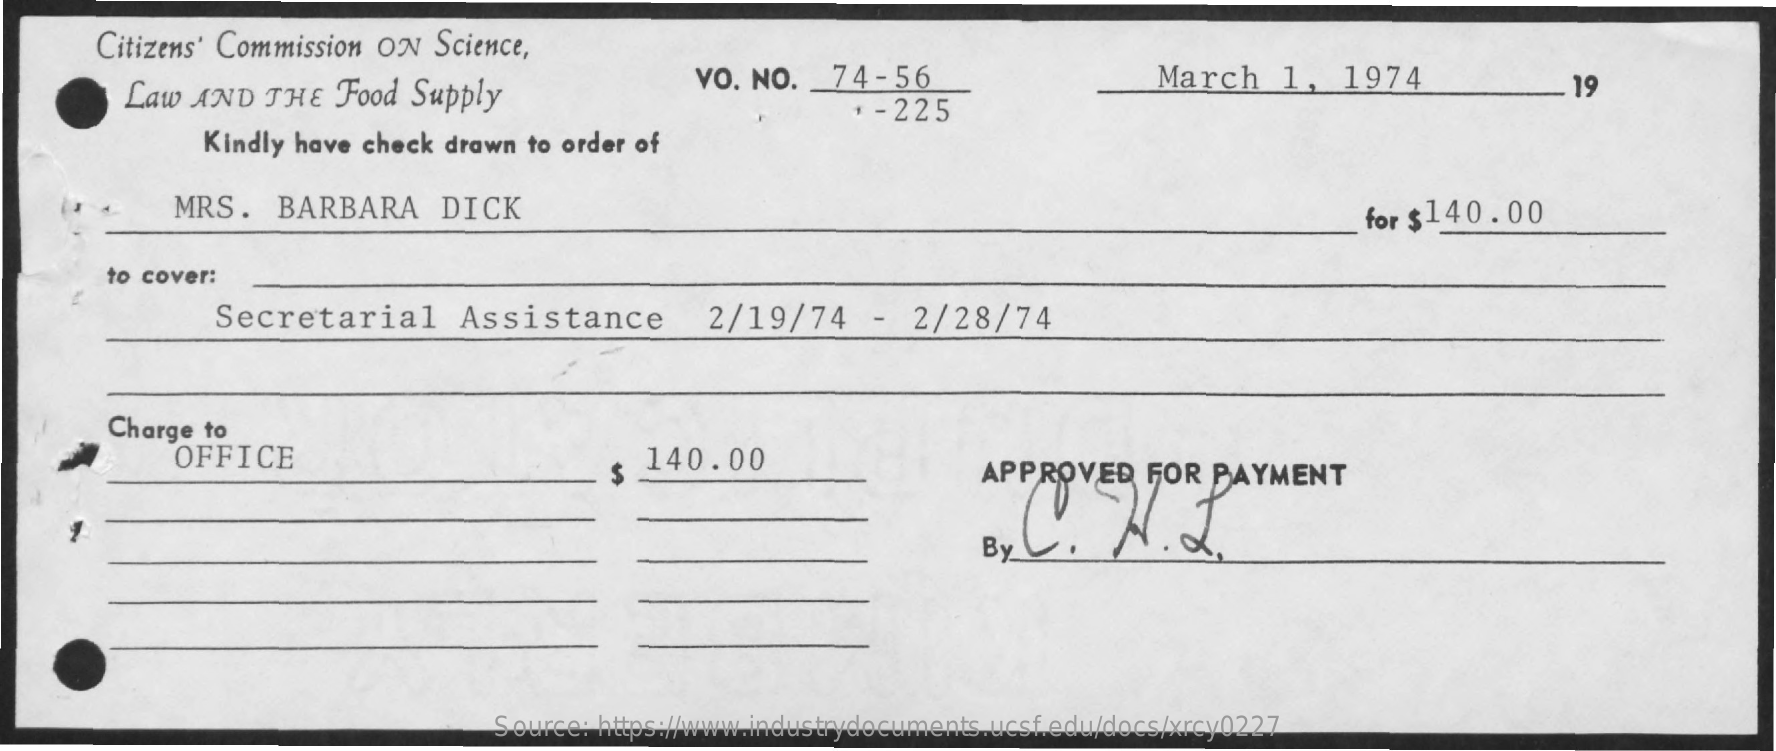
Citizens' Commission ON   Science,
     Law AND   THE  Food  Supply
     VO. NO.    74 - 56    March    1,   1974
     + - 225
     19
     Kindly have check drawn  to order of
     MRS.   BARBARA    DICK    for $140.00
     to cover:
     Secretarial    Assistance    2/19/74    -  2/28/74
     Charge  to
     OFFICE    140.00    APPROVED    FOR  PAYMENT
     By
     Source: https://www.industrydocuments.ucsf.edu/docs/xrcy0227